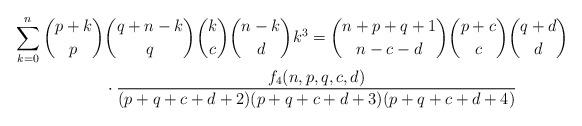
LaTeX: \begin{align*} \sum_{k=0}^n \binom{p+k}{p} & \binom{q+n-k}{q}\binom{k}{c}\binom{n-k}{d} k^3 = \binom{n+p+q+1}{n-c-d}\binom{p+c}{c}\binom{q+d}{d} \\ & \cdot \frac{f_4(n,p,q,c,d)}{(p+q+c+d+2)(p+q+c+d+3)(p+q+c+d+4)} \\\end{align*}